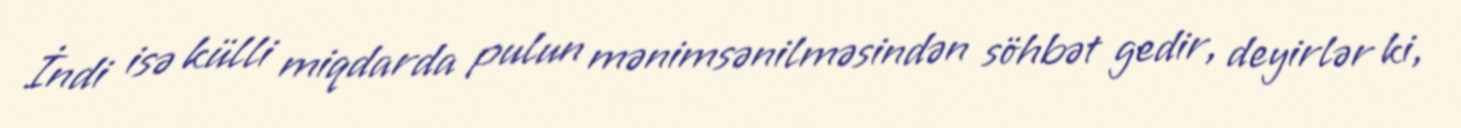
İndi isə külli miqdarda pulun mənimsənilməsindən söhbət gedir, deyirlər ki,